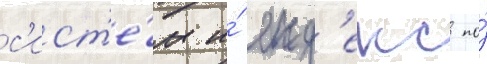
с'ист'е́м и́ янд'екс по́